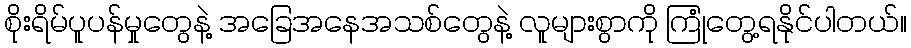
စိုးရိမ်ပူပန်မှုတွေနဲ့ အခြေအနေအသစ်တွေနဲ့ လူများစွာကို ကြုံတွေ့ရနိုင်ပါတယ်။